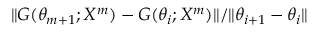
\| G ( \theta _ { m + 1 } ; X ^ { m } ) - G ( \theta _ { i } ; X ^ { m } ) \| / \| \theta _ { i + 1 } - \theta _ { i } \|